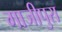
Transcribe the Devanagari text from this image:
गाजीपुरा